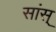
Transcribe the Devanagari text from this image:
सांस्